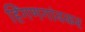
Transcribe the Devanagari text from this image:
हिंगणगांवकर